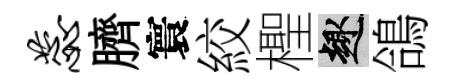
蕊臍寰絞檉趣鴿